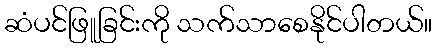
ဆံပင်ဖြူခြင်းကို သက်သာစေနိုင်ပါတယ်။